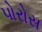
પોરોસ